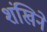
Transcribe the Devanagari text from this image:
शंखिने